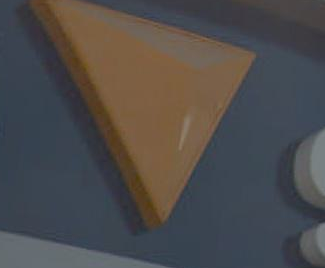
Y